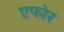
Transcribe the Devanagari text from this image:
एफोर